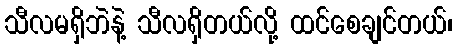
သီလမရှိဘဲနဲ့ သီလရှိတယ်လို့ ထင်စေချင်တယ်၊